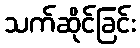
သက်ဆိုင်ခြင်း